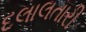
દલાલતારી